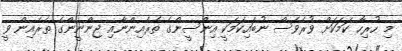
މި ހުރިހާ ކަމަކަށް ވުރެވެސް ނުބައިކަމަކީ އިންސީންގެ ތެރެއިންނާއި ޖިންނީންގެ ތެރެއިން ވީ